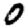
Digit: 0